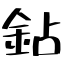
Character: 鉆